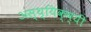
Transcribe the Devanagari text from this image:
अस्थ्यिक्ष्यी